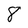
Character: 8